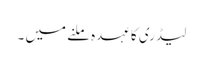
لیڈری کا عہدہ ملنے میں ۔